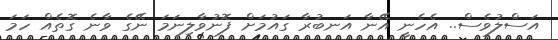
އަސްލުވެސް.. އެހެނީ އޭނާ އަނބުރާ ގައުމަށް ފޮނުވާލިނަމަަ ނޭގެ ވާނެ ގޮތެއް ހަމަ